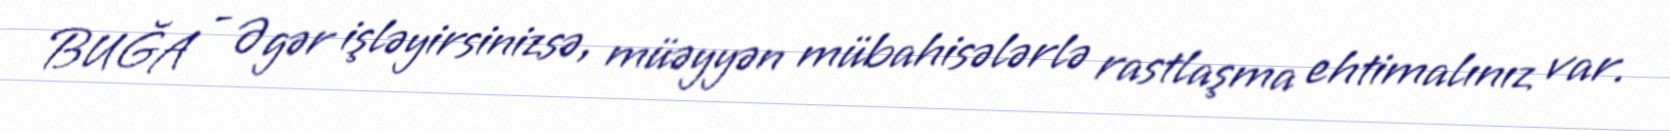
BUĞA - Əgər işləyirsinizsə, müəyyən mübahisələrlə rastlaşma ehtimalınız var.